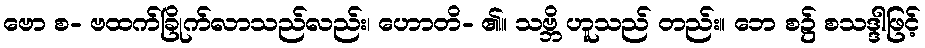
ဗော စ- ဗထက်ခြိုက်လာသည်လည်း၊ ဟောတိ- ၏။ သဗ္ဘိ ဟူသည် တည်း။ ဘေ စ၌ စသဒ္ဒါဖြင့်